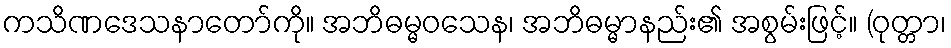
ကသိဏဒေသနာတော်ကို။ အဘိဓမ္မဝသေန၊ အဘိဓမ္မာနည်း၏ အစွမ်းဖြင့်။ (ဝုတ္တာ၊